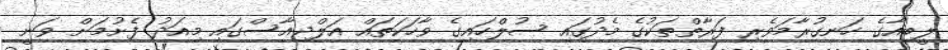
ލީބިއާގެ ހަނގުރާމަވެރި ފަރާތްތަކުގެ މެދުގައި ސުލްހައިގެ ވާހަކަތައް އަލްޖިއާސްގައި މިއަދު ފެށުމަށް ވަނީ